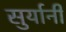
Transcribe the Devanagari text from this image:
सुर्यानी